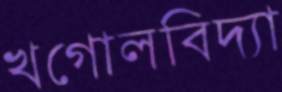
খগোলবিদ্যা